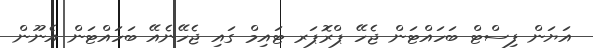
އަޔަން ފިސްޓް ބަހައްޓަން ޖެހޭ ޕްރޮޕަރ ޓައިމް ގައި ޖެހޭނެއޭ ބަހައްޓަން އެނޫން